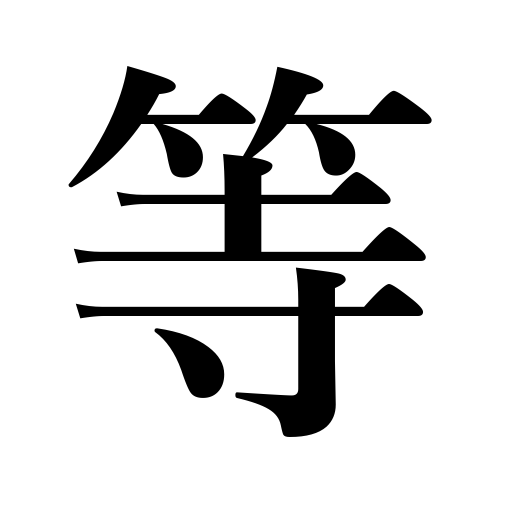
Meanings: equal,alike,class,grade,degree,equivalent,similar